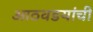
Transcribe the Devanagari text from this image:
आठवडयांची